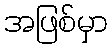
အဖြစ်မှာ